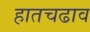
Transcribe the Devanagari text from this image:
हातचढाव